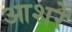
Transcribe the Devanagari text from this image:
आशरे